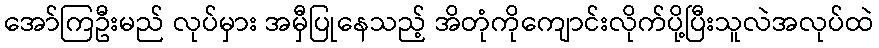
အော်ကြဦးမည် လုပ်မှား အမှီပြုနေသည့် အိတုံကိုကျောင်းလိုက်ပို့ပြီးသူလဲအလုပ်ထဲ